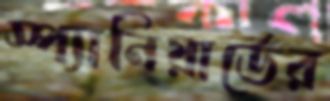
স্প্যানিয়ার্ডের